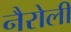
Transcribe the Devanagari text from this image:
नैरोली